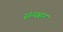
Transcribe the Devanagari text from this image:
संन्यसन